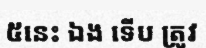
៥នេះ ឯង ទើប ត្រូវ